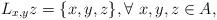
LaTeX: \begin{align*} L_{x,y}z=\{x,y,z\},\forall~x,y,z\in A,\end{align*}